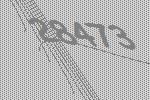
28473